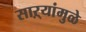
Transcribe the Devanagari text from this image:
साऱ्यांमुळे